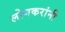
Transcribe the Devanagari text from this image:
लोणकरांनी